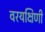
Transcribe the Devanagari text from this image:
वरयक्षिणी